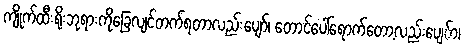
ကျိုက်ထီးရိုးဘုရားကိုခြေလျင်တက်ရတာလည်းပျော်၊ တောင်ပေါ်ရောက်တော့လည်းပျေ်ာ၊